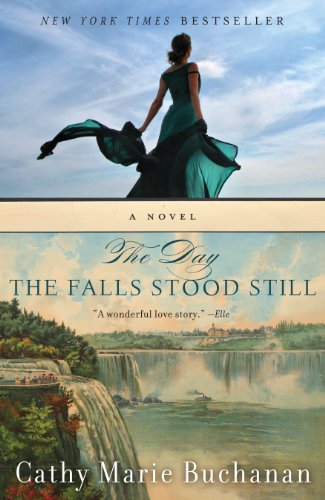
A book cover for The Day the Falls Stood Still (Voice); Cathy Marie Buchanan; Romance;